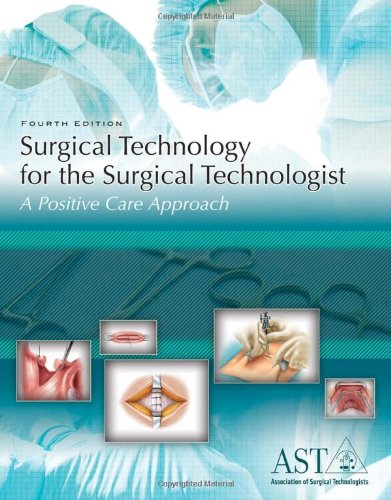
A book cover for Surgical Technology for the Surgical Technologist: A Positive Care Approach; Association of Surgical Technologists; Medical Books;